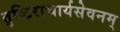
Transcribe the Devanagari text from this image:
तुष्टिराचार्यसेवनम्